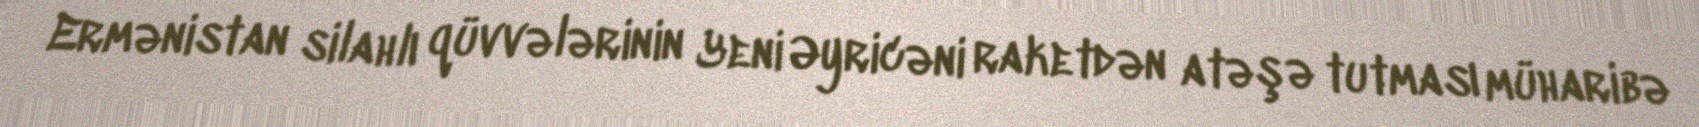
Ermənistan silahlı qüvvələrinin Yeni Əyricəni raketdən atəşə tutması müharibə